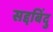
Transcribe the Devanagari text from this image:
सद्दबिंदु